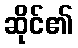
ဆိုင်၏